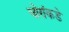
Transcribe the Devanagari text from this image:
चोरांकडे